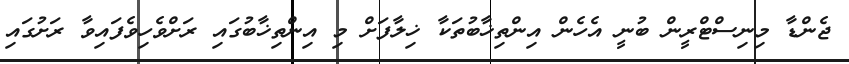
ޖެންޑާ މިނިސްޓްރީން ބުނީ އެހެން އިންތިޚާބުތަކާ ޚިލާފަށް މި އިންތިޚާބުގައި ރަށްވެހިވެފައިވާ ރަށުގައި